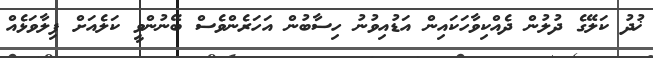
ޚުދު ކަލޭގެ ދުލުން ދެއްކިވާހަކައިން އަޑުއިވުނު ހިސާބުން އަހަރެންވެސް ބޭނުންވީ ކަލެއަށް ފިލާވަޅެއް